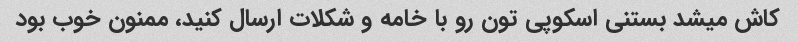
کاش میشد بستنی اسکوپی تون رو با خامه و شکلات ارسال کنید، ممنون خوب بود